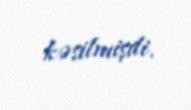
kəsilmişdi.